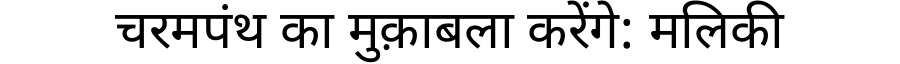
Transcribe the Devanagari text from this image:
चरमपंथ का मुक़ाबला करेंगे: मलिकी